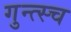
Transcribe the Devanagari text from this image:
गुन्त्स्च